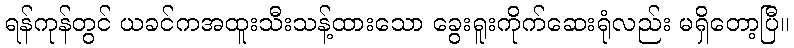
ရန်ကုန်တွင် ယခင်ကအထူးသီးသန့်ထားသော ခွေးရူးကိုက်ဆေးရုံလည်း မရှိတော့ပြီ။